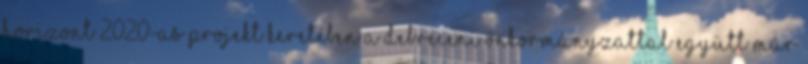
Horizont 2020-as projekt keretében a Debreceni Önkormányzattal együtt már